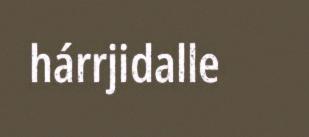
hárrjidalle